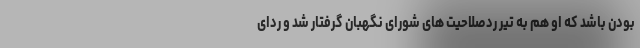
بودن باشد که او هم به تیر ردصلاحیت های شورای نگهبان گرفتار شد و ردای